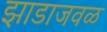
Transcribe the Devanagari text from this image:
झाडाजवळ